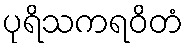
ပုရိသကရဝိတံ